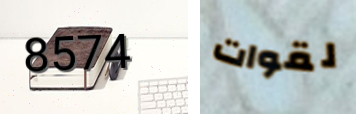
8574 لقوات